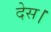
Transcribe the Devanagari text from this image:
देस।